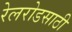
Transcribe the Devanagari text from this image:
रेलरोडसाठी